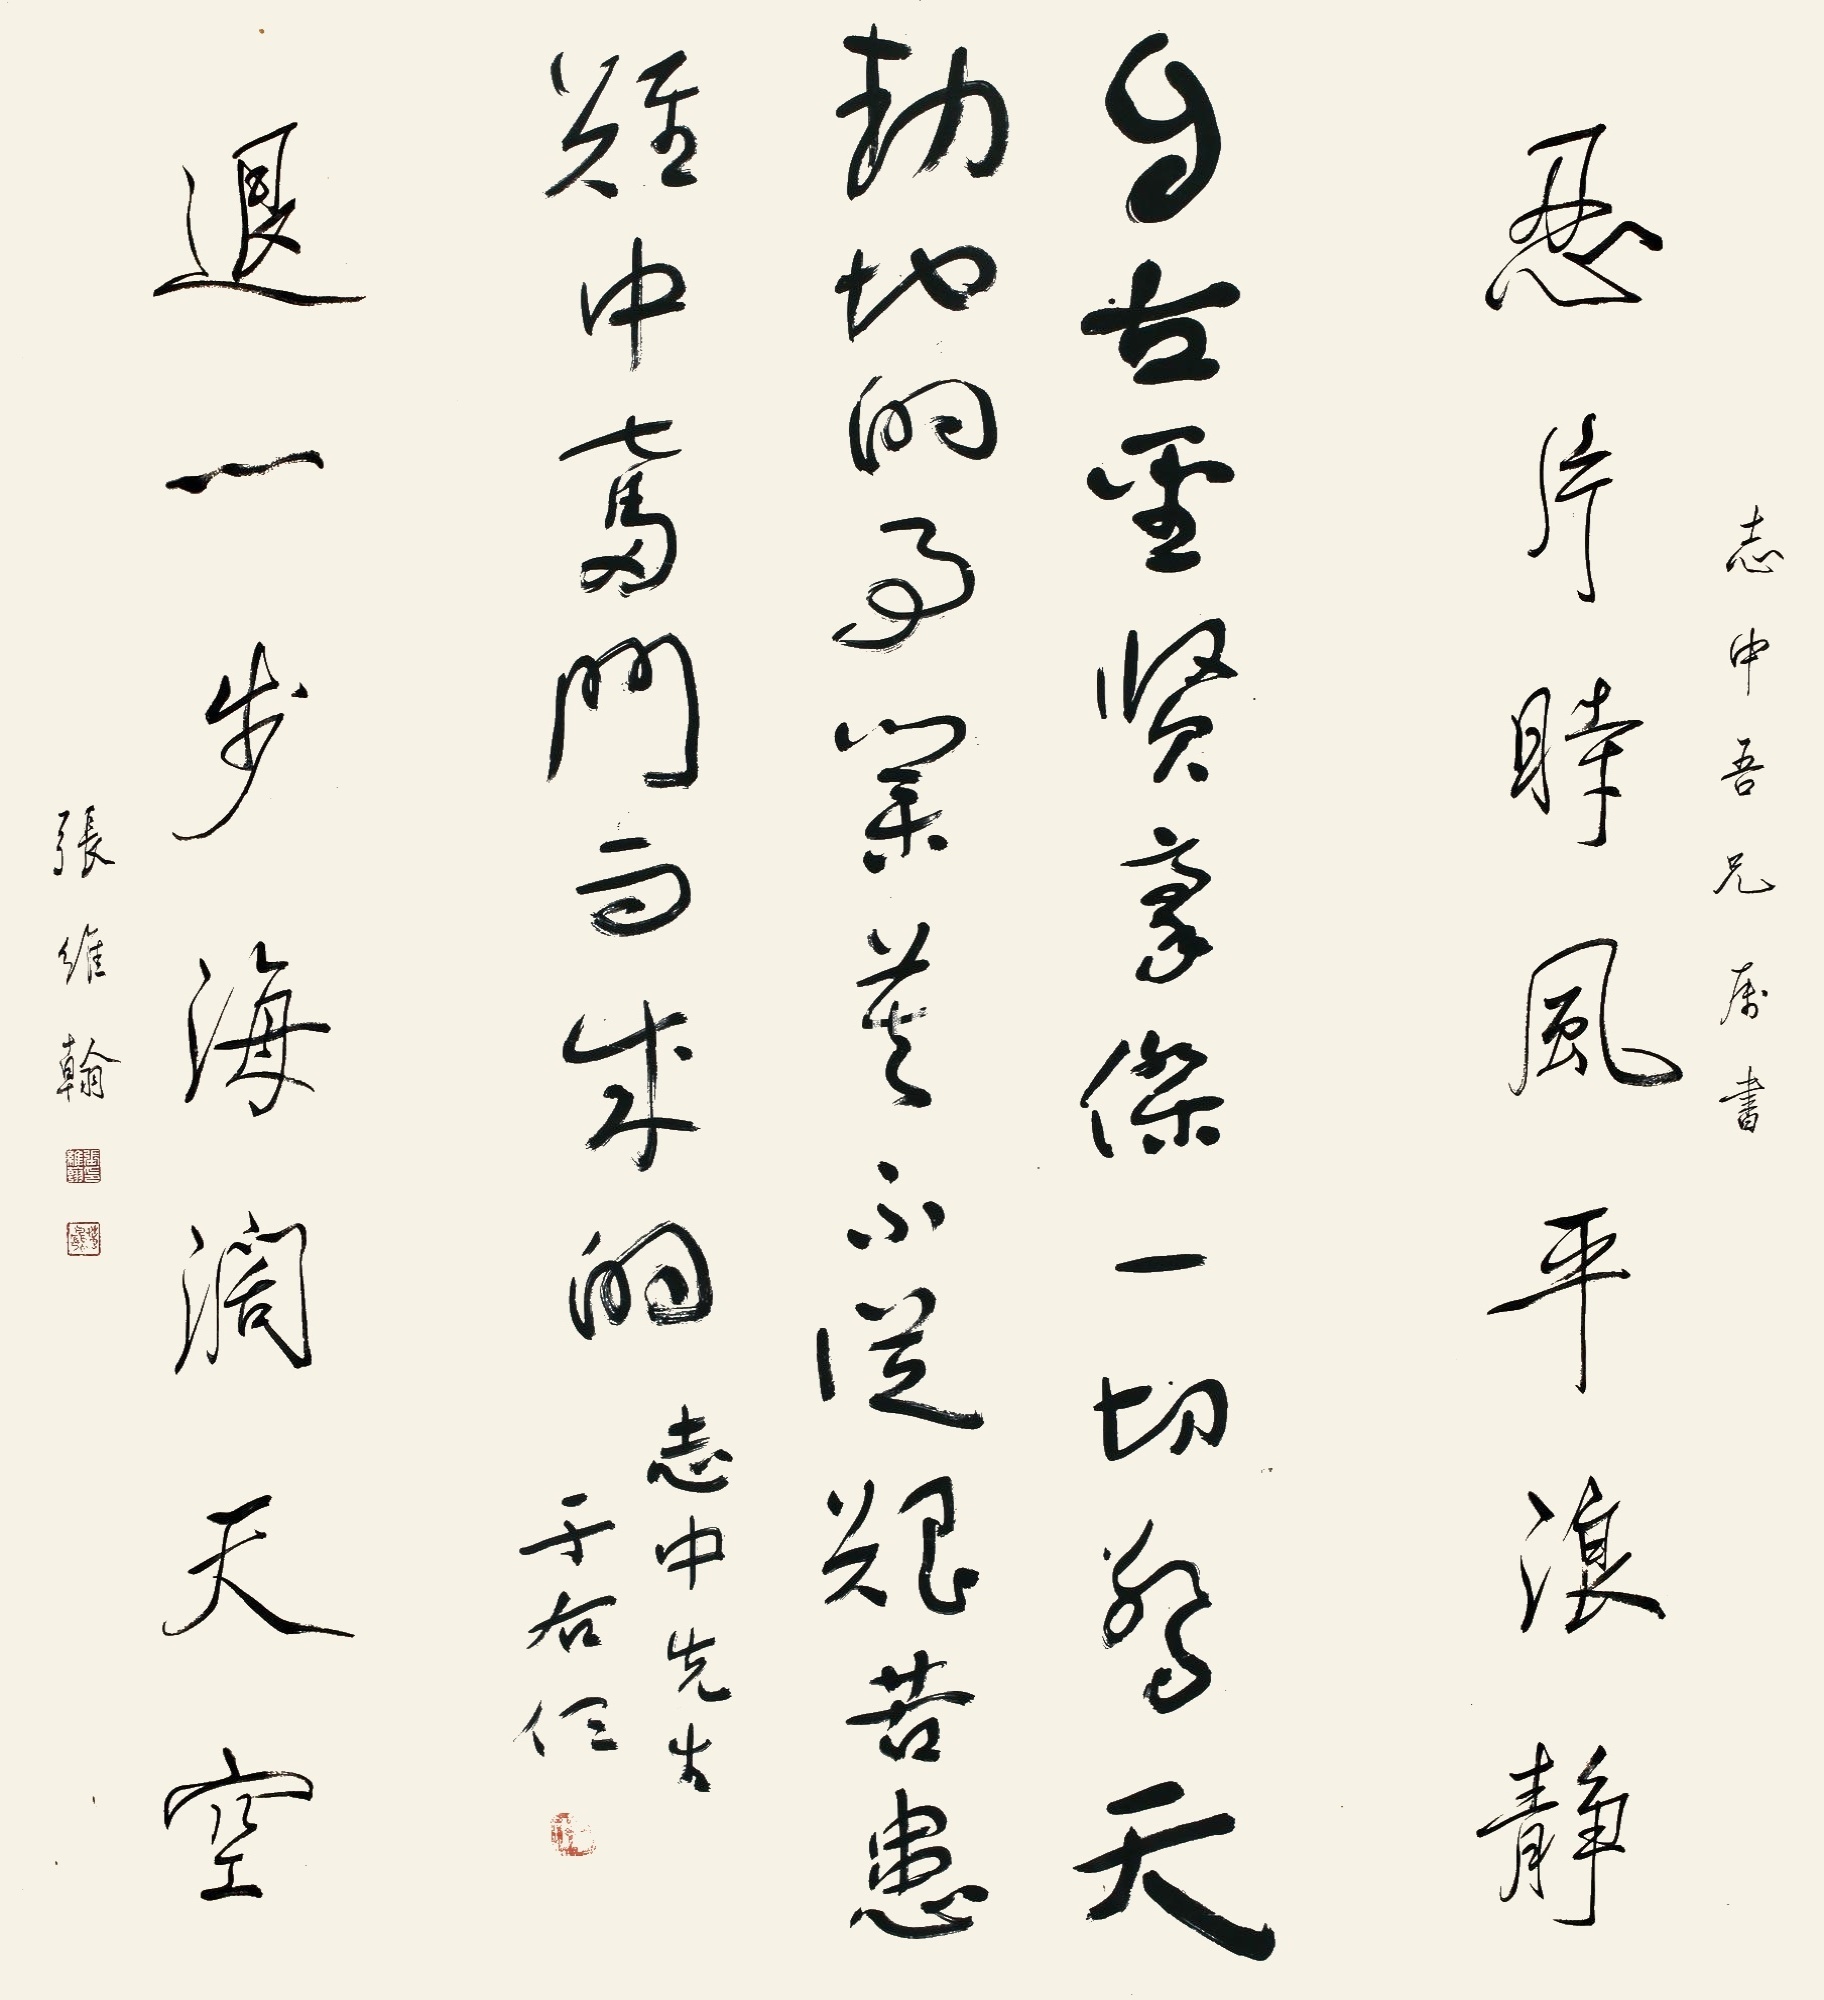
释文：自古圣贤豪杰，一切惊天动地的事业，无不从艰苦患难中奋斗而来的。志中先生于右任。志中吾兄属书，忍片时风平浪静，退一步海阔天空。张维翰。